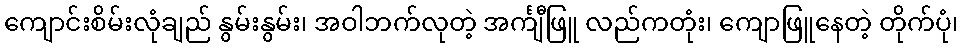
ကျောင်းစိမ်းလုံချည် နွမ်းနွမ်း၊ အဝါဘက်လုတဲ့ အင်္ကျီဖြူ လည်ကတုံး၊ ကျောဖြူနေတဲ့ တိုက်ပုံ၊